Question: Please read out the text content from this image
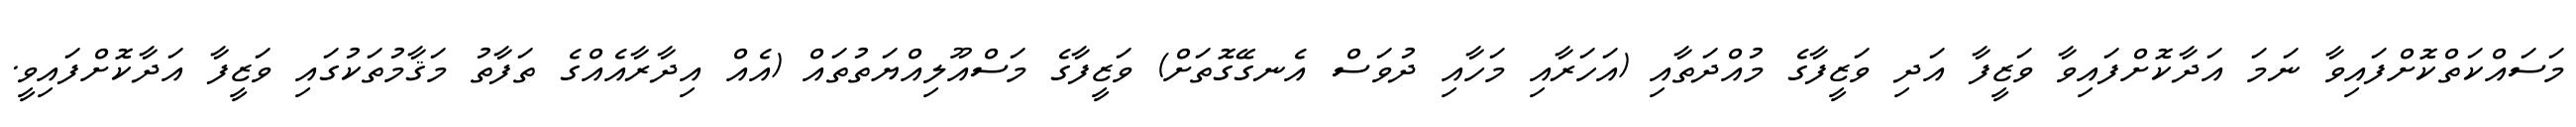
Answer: މަސައްކަތްކޮށްފައިވާ ނަމަ އަދާކޮށްފައިވާ ވަޒީފާ އަދި ވަޒީފާގެ މުއްދަތާއި (އަހަރާއި މަހާއި ދުވަސް އެނގޭގޮތަށް) ވަޒީފާގެ މަސްއޫލިއްޔަތުތައް (އެއް އިދާރާއެއްގެ ތަފާތު މަޤާމުތަކުގައި ވަޒީފާ އަދާކޮށްފައިވީ.